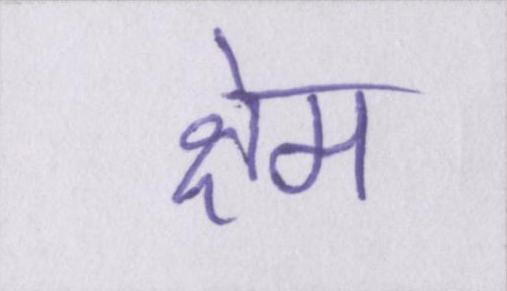
क्षेम